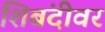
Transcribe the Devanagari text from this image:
शिबंदीवर